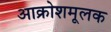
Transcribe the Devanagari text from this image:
आक्रोशमूलक